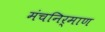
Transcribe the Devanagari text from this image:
मंचनिर्माण